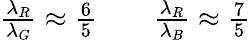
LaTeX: \begin{array}{r}{\frac{\lambda_{R}}{\lambda_{G}}\approx\frac{6}{5}\qquad\frac{\lambda_{R}}{\lambda_{B}}\approx\frac{7}{5}}\end{array}